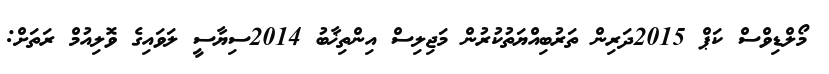
މޯލްޑިވްސް ކަޕް 2015ދަރިން ތަރުބިއްޔަތުކުރުން މަޖިލިސް އިންތިޚާބު 2014ސިޔާސީ ލަވައިގެ ވޮލިއުމް ރަތަށް: